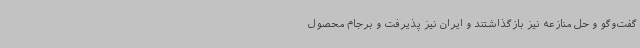
گفت‌وگو و حل منازعه نیز بازگذاشتند و ایران نیز پذیرفت و برجام محصول